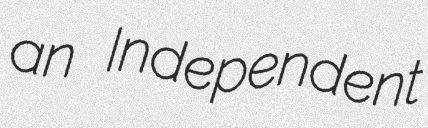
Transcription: an Independent